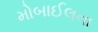
મોબાઈલના